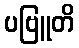
ပဗြူတိ